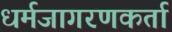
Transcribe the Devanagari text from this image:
धर्मजागरणकर्ता